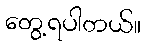
တွေ့ရပါတယ်။